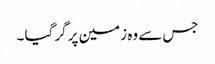
جس سے وہ زمین پر گر گیا ۔